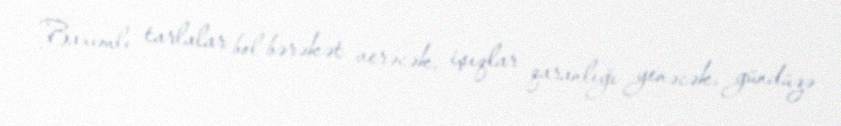
Baxımlı tarlalar bol bərəkət verəcək, işıqlar qaranlığı yenəcək, gündüzə